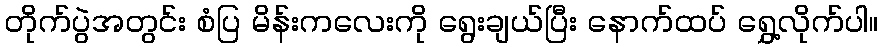
တိုက်ပွဲအတွင်း စံပြ မိန်းကလေးကို ရွေးချယ်ပြီး နောက်ထပ် ရွှေ့လိုက်ပါ။